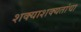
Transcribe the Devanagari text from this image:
शक्याशक्यतांचा